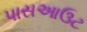
પાસઆઉટ